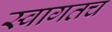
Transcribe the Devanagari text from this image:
स्‍वागतच